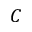
C